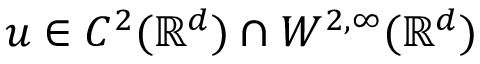
u \in C ^ { 2 } ( \mathbb { R } ^ { d } ) \cap W ^ { 2 , \infty } ( \mathbb { R } ^ { d } )